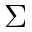
\Sigma